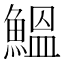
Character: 鰮